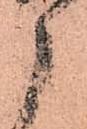
衛